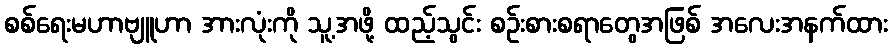
စစ်ရေးမဟာဗျူဟာ အားလုံးကို သူ့အဖို့ ထည့်သွင်း စဉ်းစားစရာတွေအဖြစ် အလေးအနက်ထား